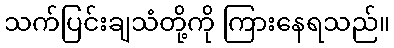
သက်ပြင်းချသံတို့ကို ကြားနေရသည်။